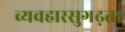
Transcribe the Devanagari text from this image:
व्यवहारसुगढ़ता